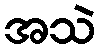
အသဲ